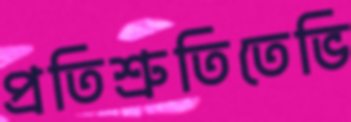
প্রতিশ্রুতিতেভি